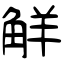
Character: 觧